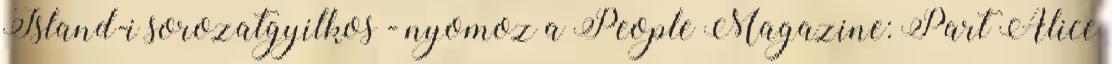
Island-i sorozatgyilkos - nyomoz a People Magazine: Part Alice